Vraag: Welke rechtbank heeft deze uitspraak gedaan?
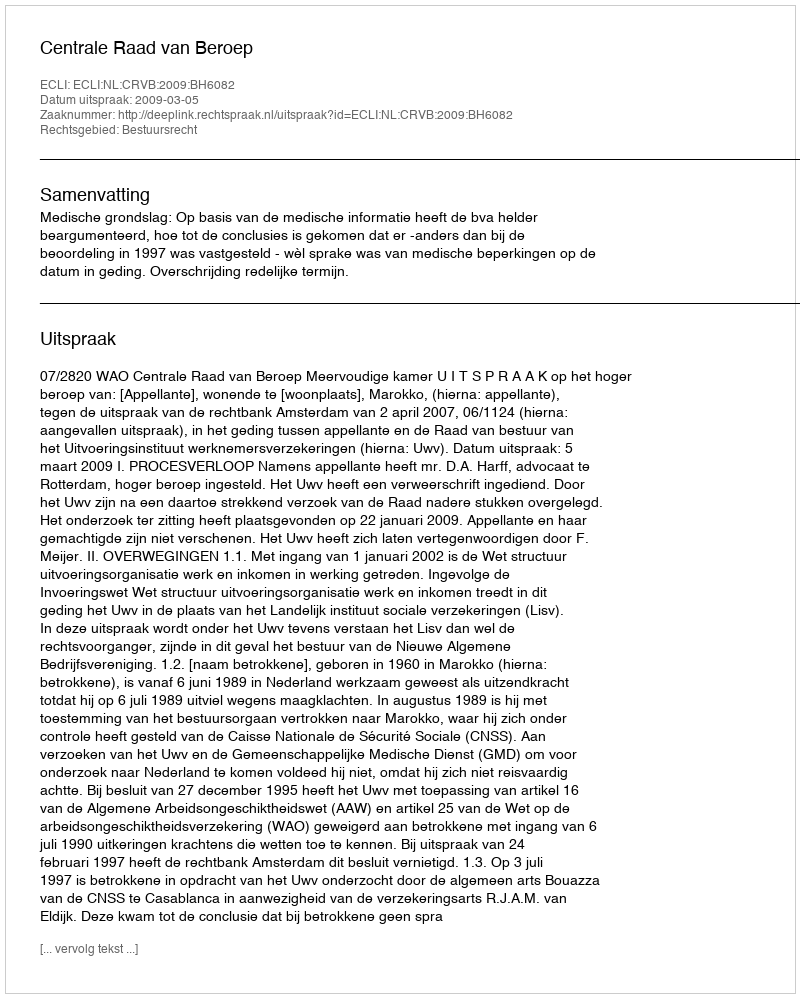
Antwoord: Centrale Raad van Beroep